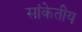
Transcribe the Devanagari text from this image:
सांकेतीय